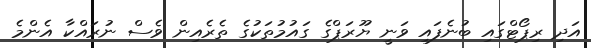
އަދި ރިޕޯޓްގައި ބުނެފައި ވަނީ ޔޫރަޕްގެ ގައުމުތަކުގެ ތެރެއިން ވެސް ނުރައްކާ އެންމެ